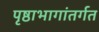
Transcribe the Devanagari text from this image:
पृष्ठाभागांतर्गत